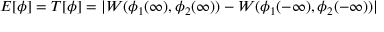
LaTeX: { \cal E } [ \phi ] = T [ \phi ] = | W ( \phi _ { 1 } ( \infty ) , \phi _ { 2 } ( \infty ) ) - W ( \phi _ { 1 } ( - \infty ) , \phi _ { 2 } ( - \infty ) ) |